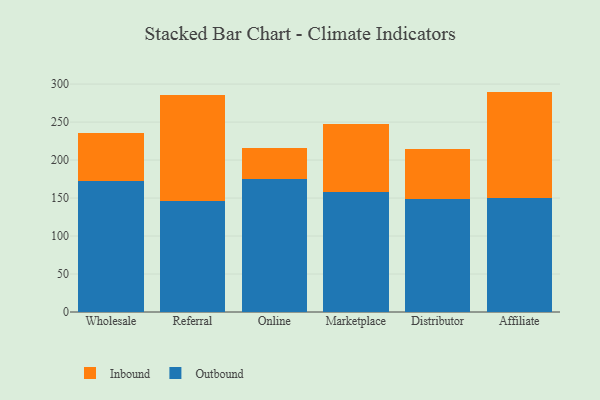
{"axis": {"x": "Channel", "y": "Energy Usage (MWh)"}, "legend": ["Inbound", "Outbound"], "data": [{"x": "Wholesale", "y": 172.2, "type": "Outbound"}, {"x": "Wholesale", "y": 62.8, "type": "Inbound"}, {"x": "Referral", "y": 146.6, "type": "Outbound"}, {"x": "Referral", "y": 138.7, "type": "Inbound"}, {"x": "Online", "y": 174.8, "type": "Outbound"}, {"x": "Online", "y": 41.2, "type": "Inbound"}, {"x": "Marketplace", "y": 157.7, "type": "Outbound"}, {"x": "Marketplace", "y": 90.0, "type": "Inbound"}, {"x": "Distributor", "y": 148.3, "type": "Outbound"}, {"x": "Distributor", "y": 66.8, "type": "Inbound"}, {"x": "Affiliate", "y": 150.7, "type": "Outbound"}, {"x": "Affiliate", "y": 139.4, "type": "Inbound"}]}